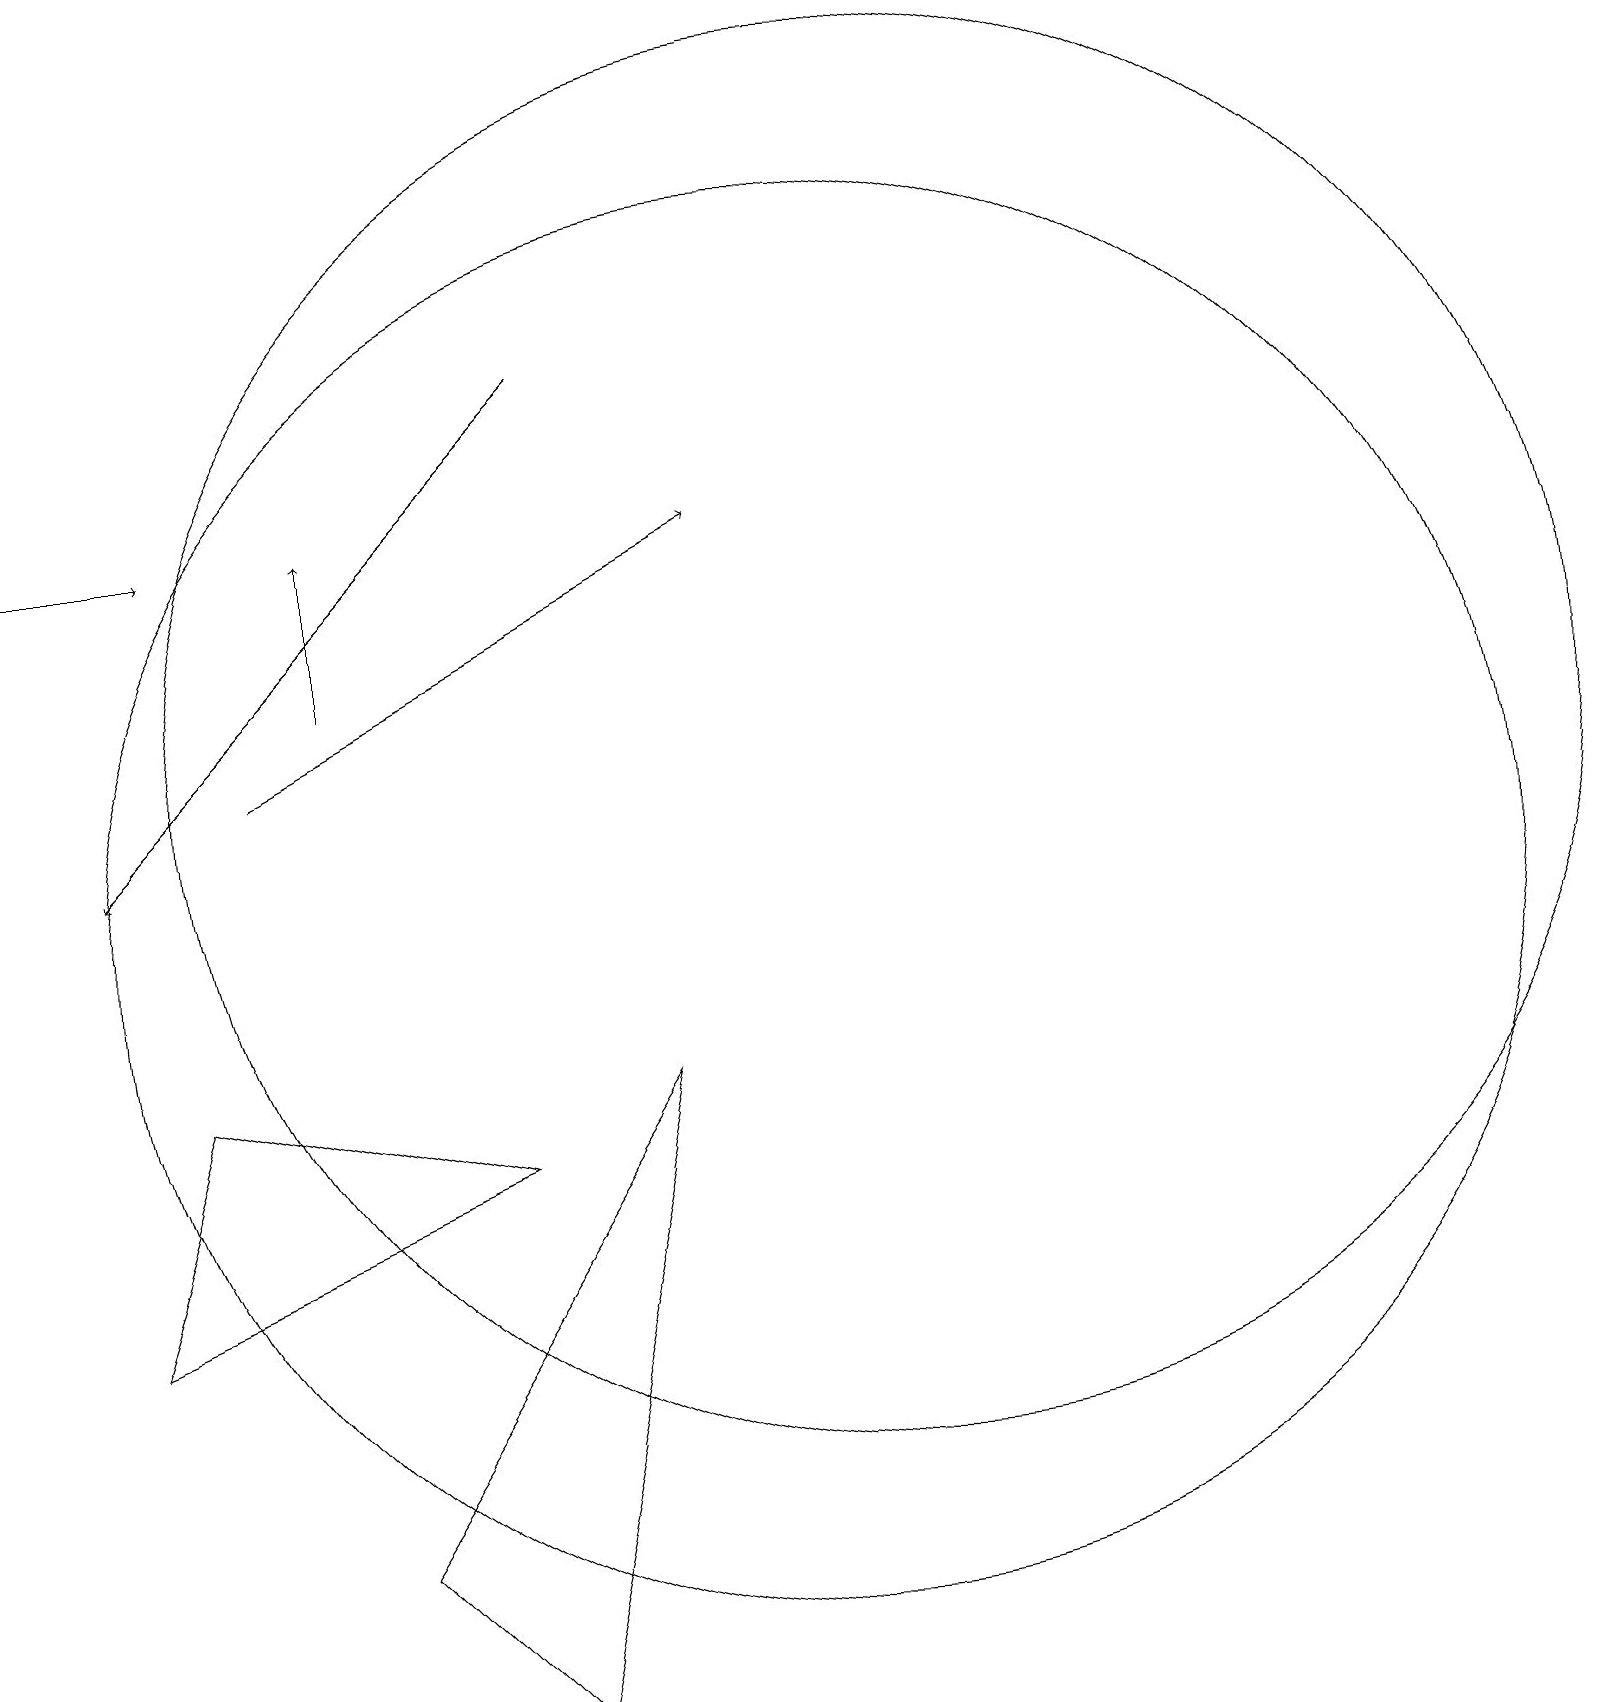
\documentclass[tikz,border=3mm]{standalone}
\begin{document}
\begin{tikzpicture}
\draw[->] (7,17) -- (1,11);
\draw[->] (3,12) -- (9,15);
\draw (10,10) circle (9);
\draw (11,12) circle (9);
\draw (2,8) -- (1,5) -- (6,7) -- cycle;
\draw (6,0) -- (4,2) -- (8,8) -- cycle;
\draw[->] (0,15) -- (2,15);
\draw[->] (4,13) -- (4,15);
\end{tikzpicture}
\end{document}